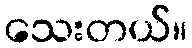
သေးတယ်။